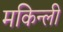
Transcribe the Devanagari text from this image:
मकिन्ली